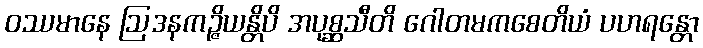
ဝဿမာနေ ဩဒနကဉ္ဇိယန္တိပိ အပုစ္ဆသီတိ ဂေါတမကစေတိယံ ပဟရန္တော